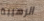
الرهيبة